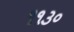
૧૧૩૦